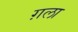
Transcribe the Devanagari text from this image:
ग़ला